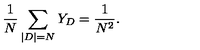
\frac { 1 } { N } \sum _ { | D | = N } Y _ { D } = \frac { 1 } { N ^ { 2 } } .